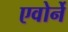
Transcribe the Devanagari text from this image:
एवोर्ने